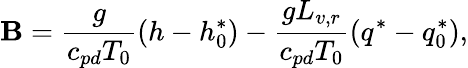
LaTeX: \mathbf{B}=\frac{{g}}{{c_{pd}T_{0}}}\left(h-h_{0}^{*}\right)-\frac{{gL_{v,r}}}{{c_{pd}T_{0}}}\left(q^{*}-q_{0}^{*}\right),